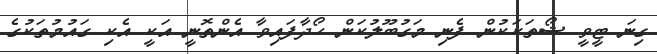
ގިނަ ޓީވީ ޝޯތަކަކުން ފެނި މަގުބޫލުކަން ހޯދާފައިވާ އެންތޮނީ އަކީ އެކި ގައުމުތަކުގެ